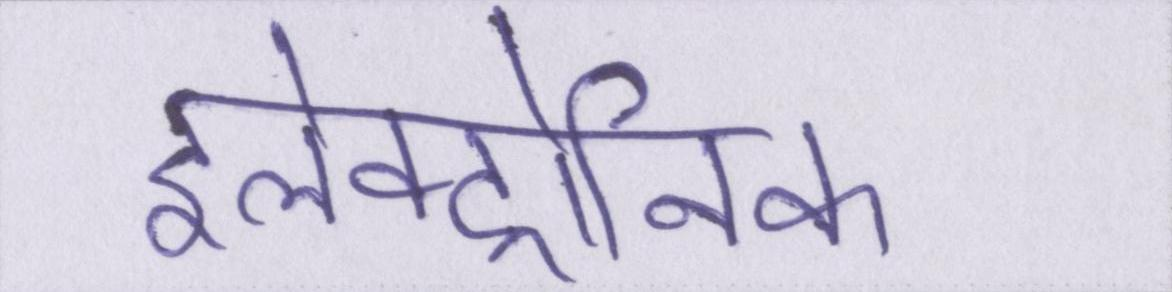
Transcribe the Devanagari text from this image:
इलेक्ट्रोनिक